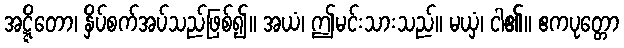
အဋ္ဋိတော၊ နှိပ်စက်အပ်သည်ဖြစ်၍။ အယံ၊ ဤမင်းသားသည်။ မယှံ၊ ငါ၏။ ဧကပုတ္တော